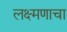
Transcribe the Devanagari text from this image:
लक्ष्मणाचा